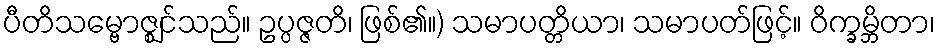
ပီတိသမ္ဗောဇ္ဈင်သည်။ ဥပ္ပဇ္ဇတိ၊ ဖြစ်၏။) သမာပတ္တိယာ၊ သမာပတ်ဖြင့်။ ဝိက္ခမ္ဘိတာ၊